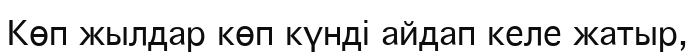
Көп жылдар көп күнді айдап келе жатыр,